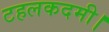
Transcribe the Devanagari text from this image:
टहलकदमी।